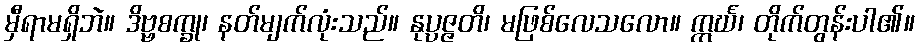
မှီရာမရှိဘဲ။ ဒိဗ္ဗစက္ခု၊ နတ်မျက်လုံးသည်။ နုပ္ပဇ္ဇတိ၊ မဖြစ်လေသလော။ ဣင်္ဃ၊ တိုက်တွန်းပါ၏။